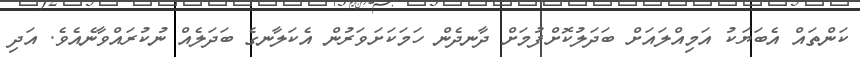
ކަންތައް އެބަޔަކު އަމިއްލައަށް ބަދަލުކޮށްފުމަށް ދާނދެން ހަމަކަށަވަރުން އެކަލާނގެ ބަދަލެއް ނުކުރައްވާނެއެވެ. އަދި